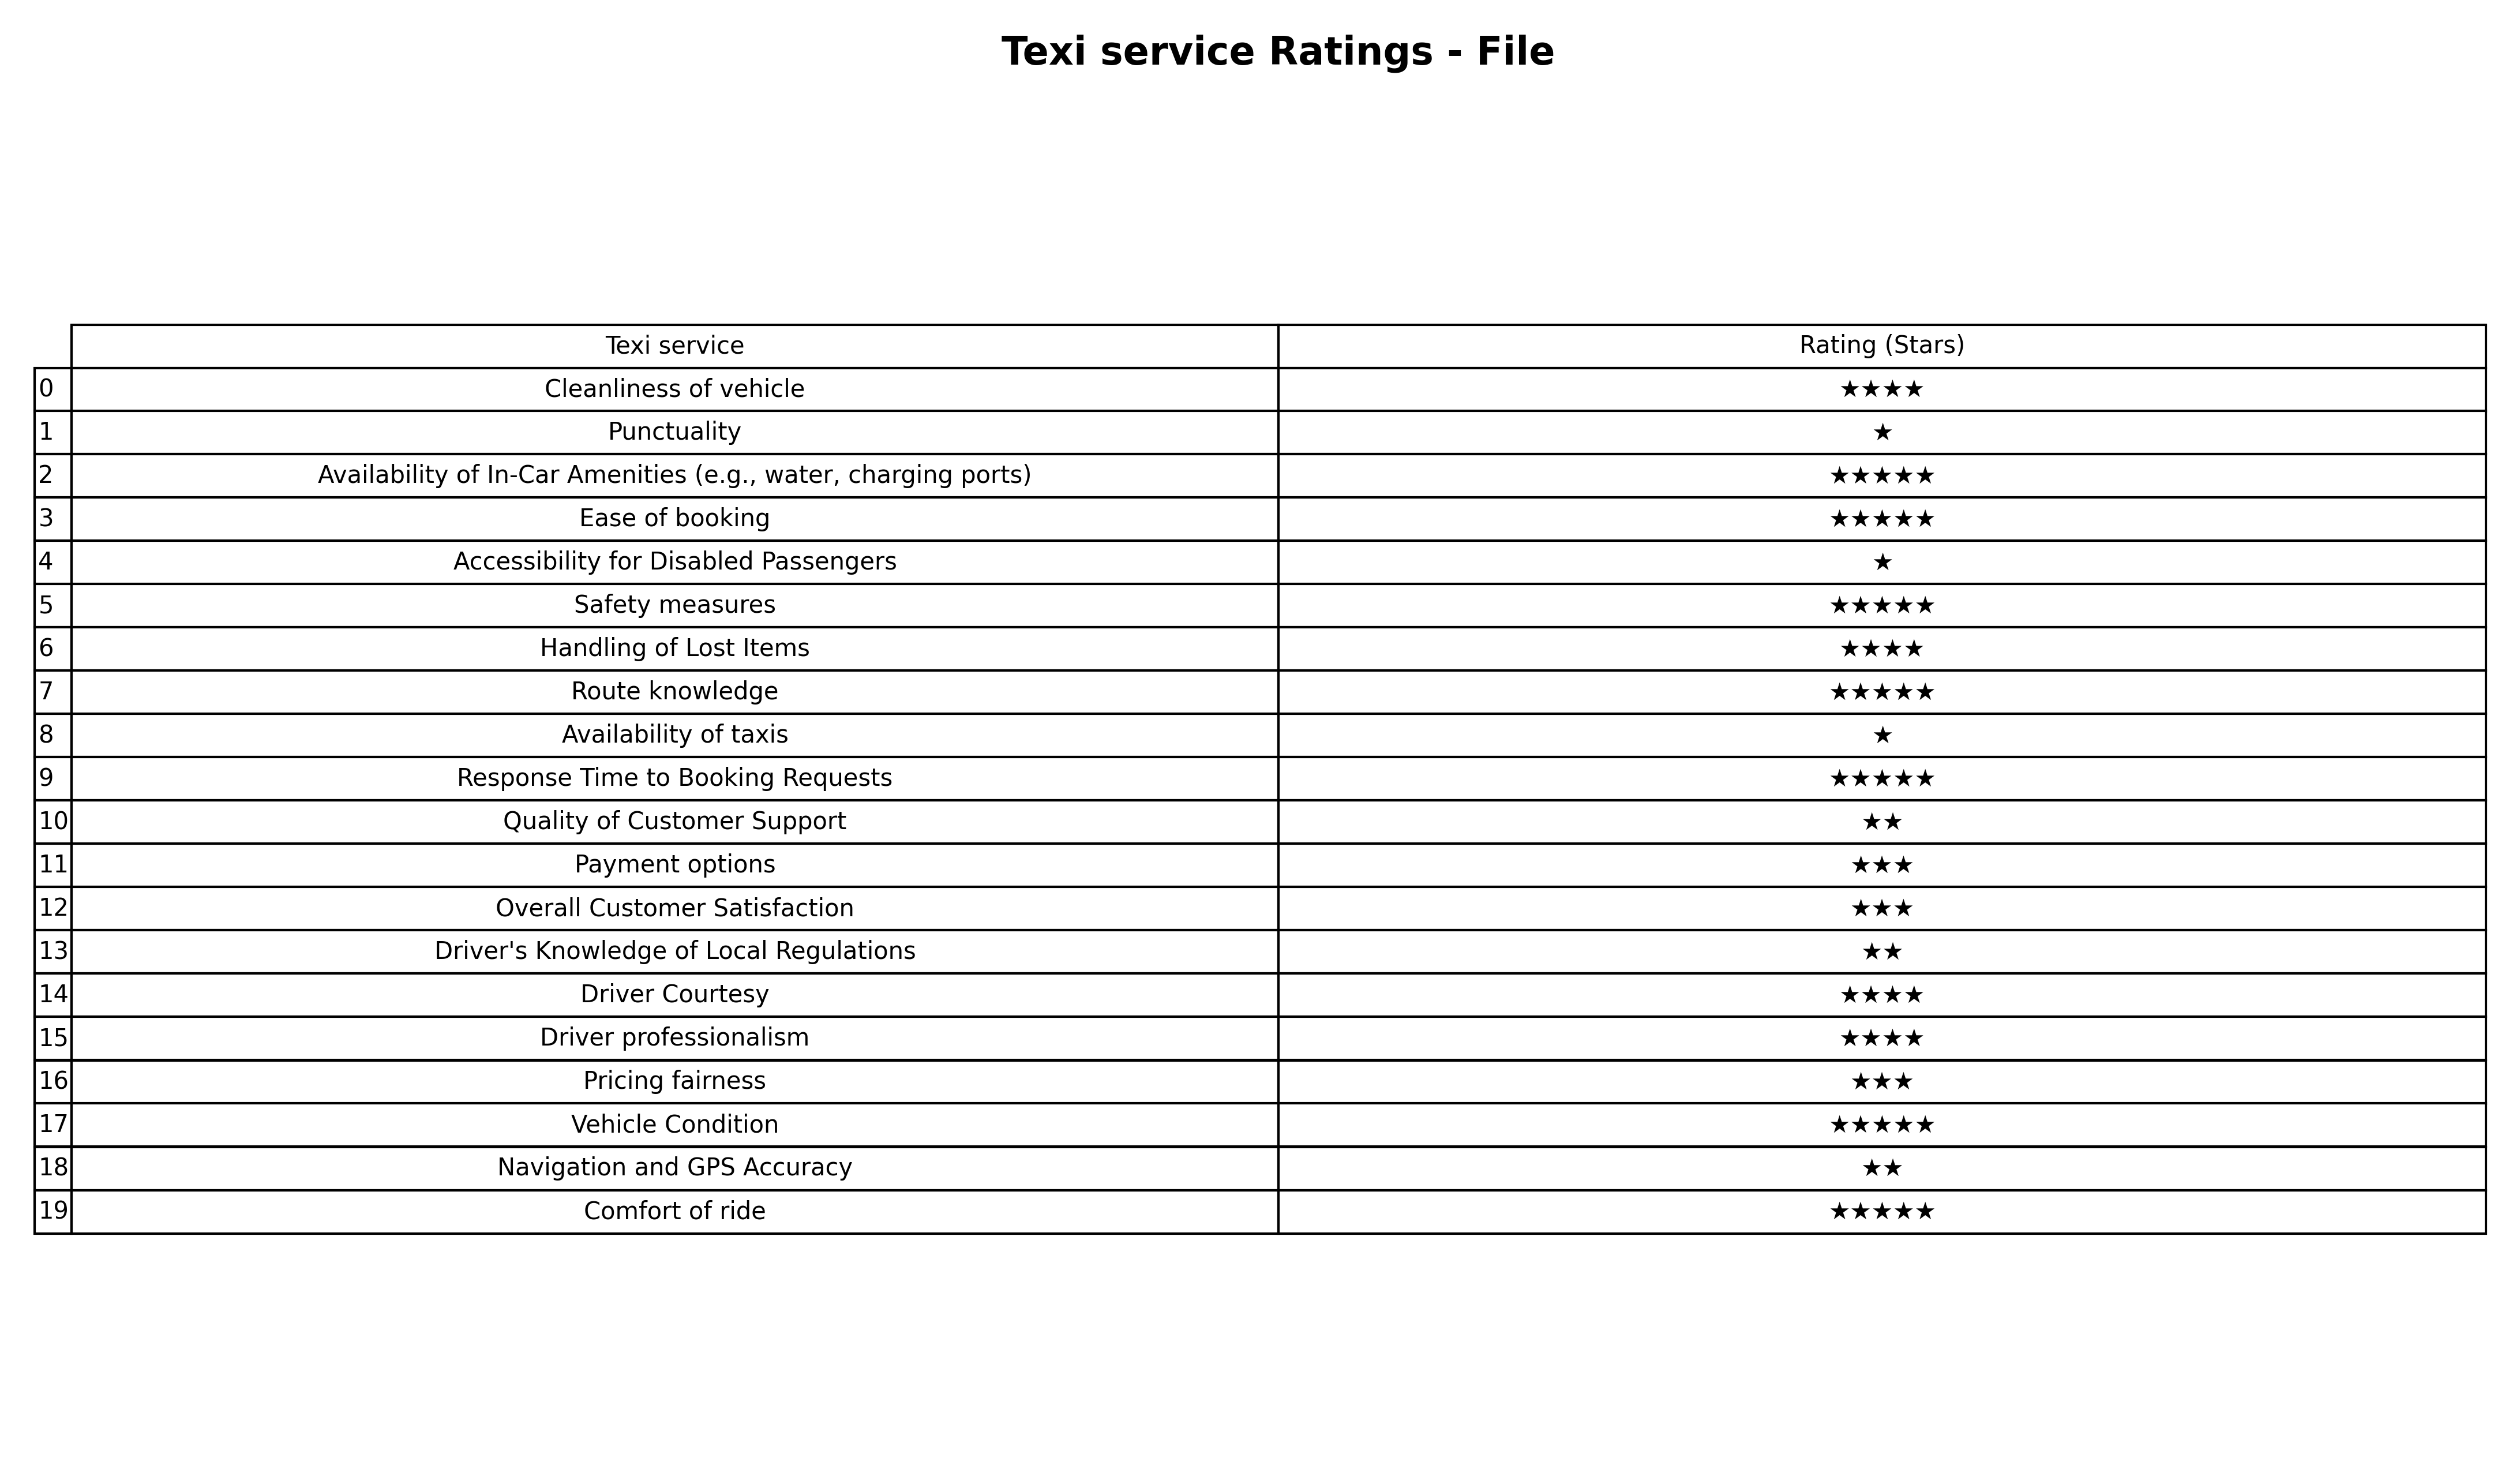
question: What are lowest rating services?
answer: Payment optionsOverall Customer SatisfactionPricing fairness